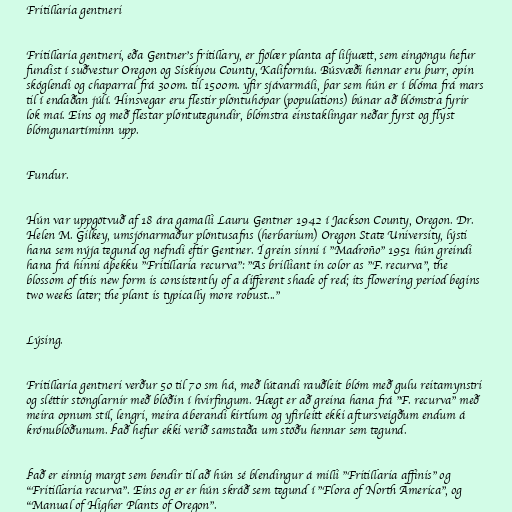
Fritillaria gentneri

Fritillaria gentneri, eða Gentner's fritillary, er fjölær planta af liljuætt, sem eingöngu hefur
fundist í suðvestur Oregon og Siskiyou County, Kaliforníu. Búsvæði hennar eru þurr, opin
skóglendi og chaparral frá 300m. til 1500m. yfir sjávarmáli, þar sem hún er í blóma frá mars
til í endaðan júlí. Hinsvegar eru flestir plöntuhópar (populations) búnar að blómstra fyrir
lok maí. Eins og með flestar plöntutegundir, blómstra einstaklingar neðar fyrst og flyst
blómgunartíminn upp.

Fundur.

Hún var uppgötvuð af 18 ára gamalli Lauru Gentner 1942 í Jackson County, Oregon. Dr.
Helen M. Gilkey, umsjónarmaður plöntusafns (herbarium) Oregon State University, lýsti
hana sem nýja tegund og nefndi eftir Gentner. Í grein sinni í "Madroño" 1951 hún greindi
hana frá hinni áþekku "Fritillaria recurva": "As brilliant in color as "F. recurva", the
blossom of this new form is consistently of a different shade of red; its flowering period begins
two weeks later; the plant is typically more robust..."

Lýsing.

Fritillaria gentneri verður 50 til 70 sm há, með lútandi rauðleit blóm með gulu reitamynstri
og sléttir stönglarnir með blöðin í hvirfingum. Hægt er að greina hana frá "F. recurva" með
meira opnum stíl, lengri, meira áberandi kirtlum og yfirleitt ekki aftursveigðum endum á
krónublöðunum. Það hefur ekki verið samstaða um stöðu hennar sem tegund.

Það er einnig margt sem bendir til að hún sé blendingur á milli "Fritillaria affinis" og
"Fritillaria recurva". Eins og er er hún skráð sem tegund í "Flora of North America", og
"Manual of Higher Plants of Oregon".